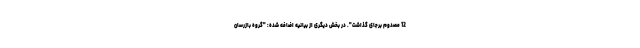
12 مصدوم برجای گذاشت". در بخش دیگری از بیانیه اضافه شده: "گروه بازرسان